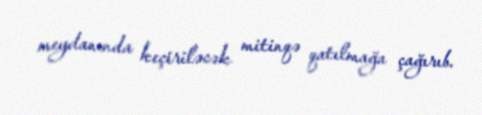
meydanında keçiriləcək mitinqə qatılmağa çağırıb.